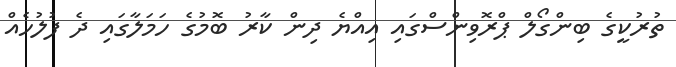
ތުރުކީގެ ބިންގޯލް ޕްރޮވިންސްގައި އިއްޔެ ދިން ކާރު ބޮމުގެ ހަމަލާގައި ދެ ފުލުހެއް